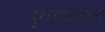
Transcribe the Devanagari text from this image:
पुराव्यांवरुन